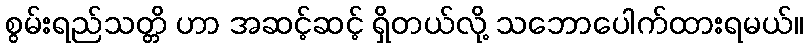
စွမ်းရည်သတ္တိ ဟာ အဆင့်ဆင့် ရှိတယ်လို့ သဘောပေါက်ထားရမယ်။